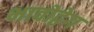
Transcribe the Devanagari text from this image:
भावोद्वेग